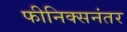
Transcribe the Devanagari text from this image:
फीनिक्सनंतर